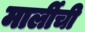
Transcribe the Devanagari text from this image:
मार्लीची